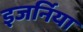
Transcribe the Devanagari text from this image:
इजर्निया